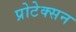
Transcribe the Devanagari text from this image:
प्रोटेक्सन